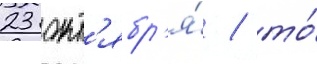
23 окт'ябр'я́ / то́